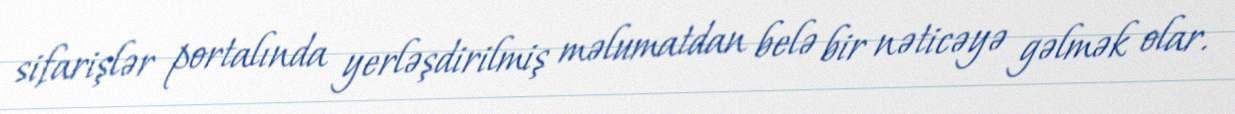
sifarişlər portalında yerləşdirilmiş məlumatdan belə bir nəticəyə gəlmək olar.